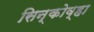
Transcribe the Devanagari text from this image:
सिन्कोव्हा